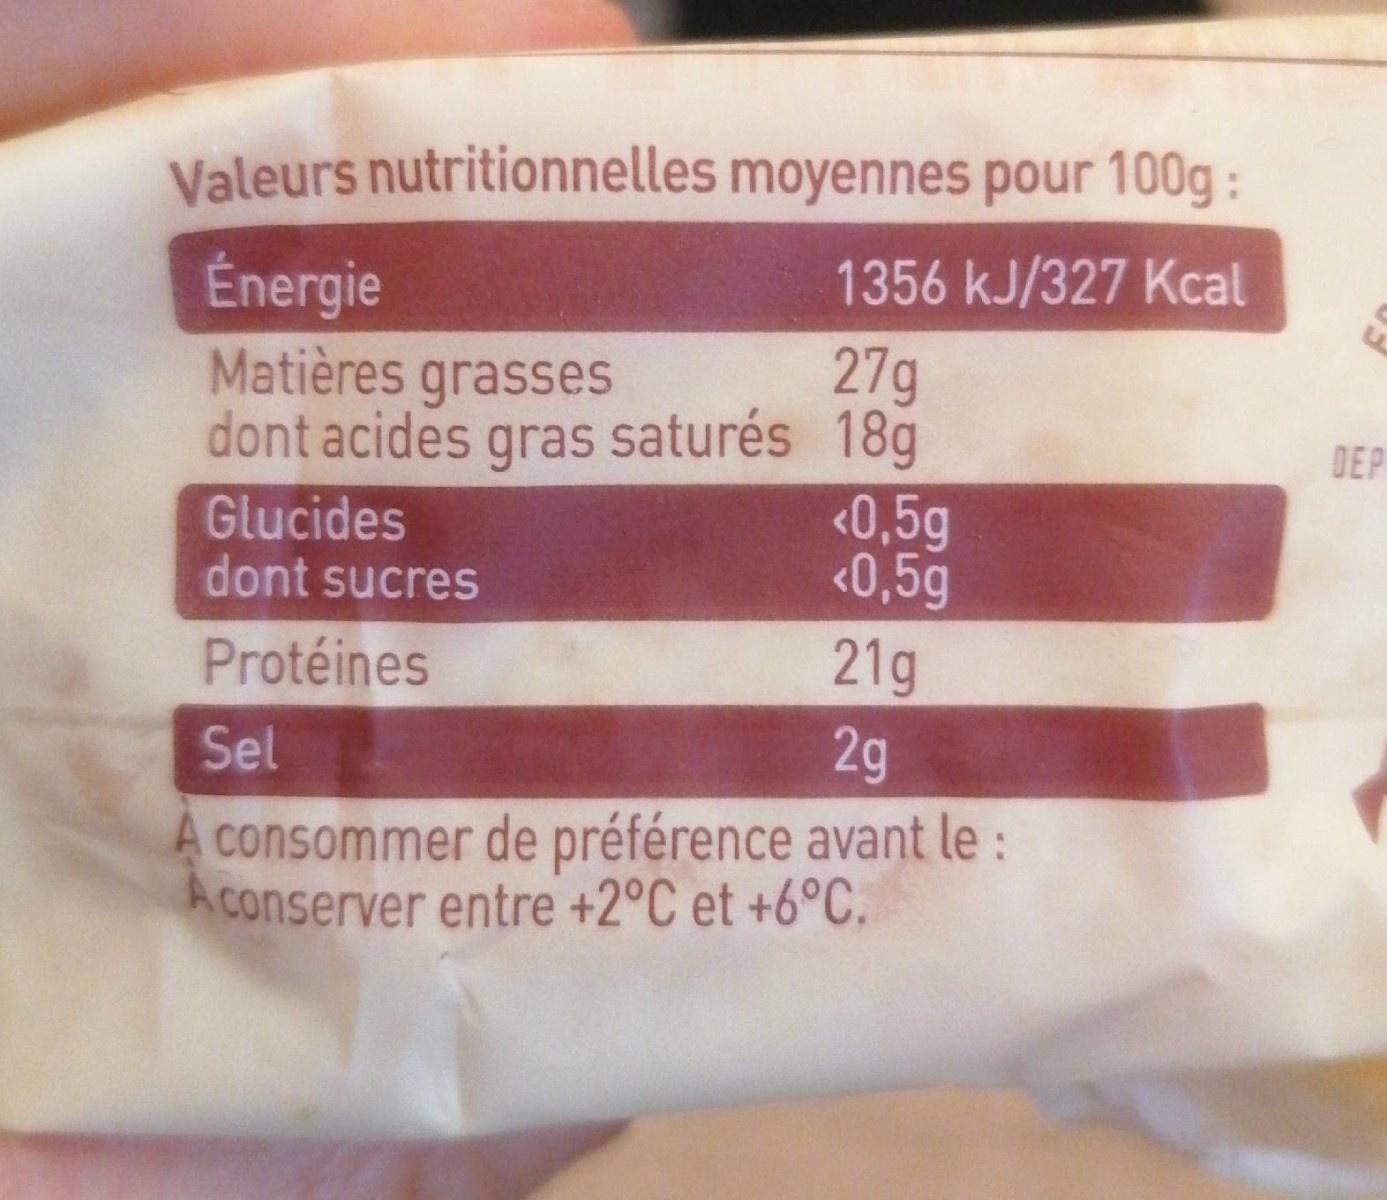
Valeurs nutritionnelles moyennes pour 100g:
Énergie Matières grasses
1356 kJ/327 Kcal
27g dont acides gras saturés 18g <0,5g <0,5g
DEP
Glucides dont sucres
21g 2g A consommer de préférence avant le: A conserver entre +2°C et +6°C.
Protéines
Sel